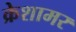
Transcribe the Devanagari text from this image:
क्रेशामर